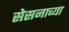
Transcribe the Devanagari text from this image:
सेसनाच्या